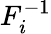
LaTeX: F_{i}^{-1}